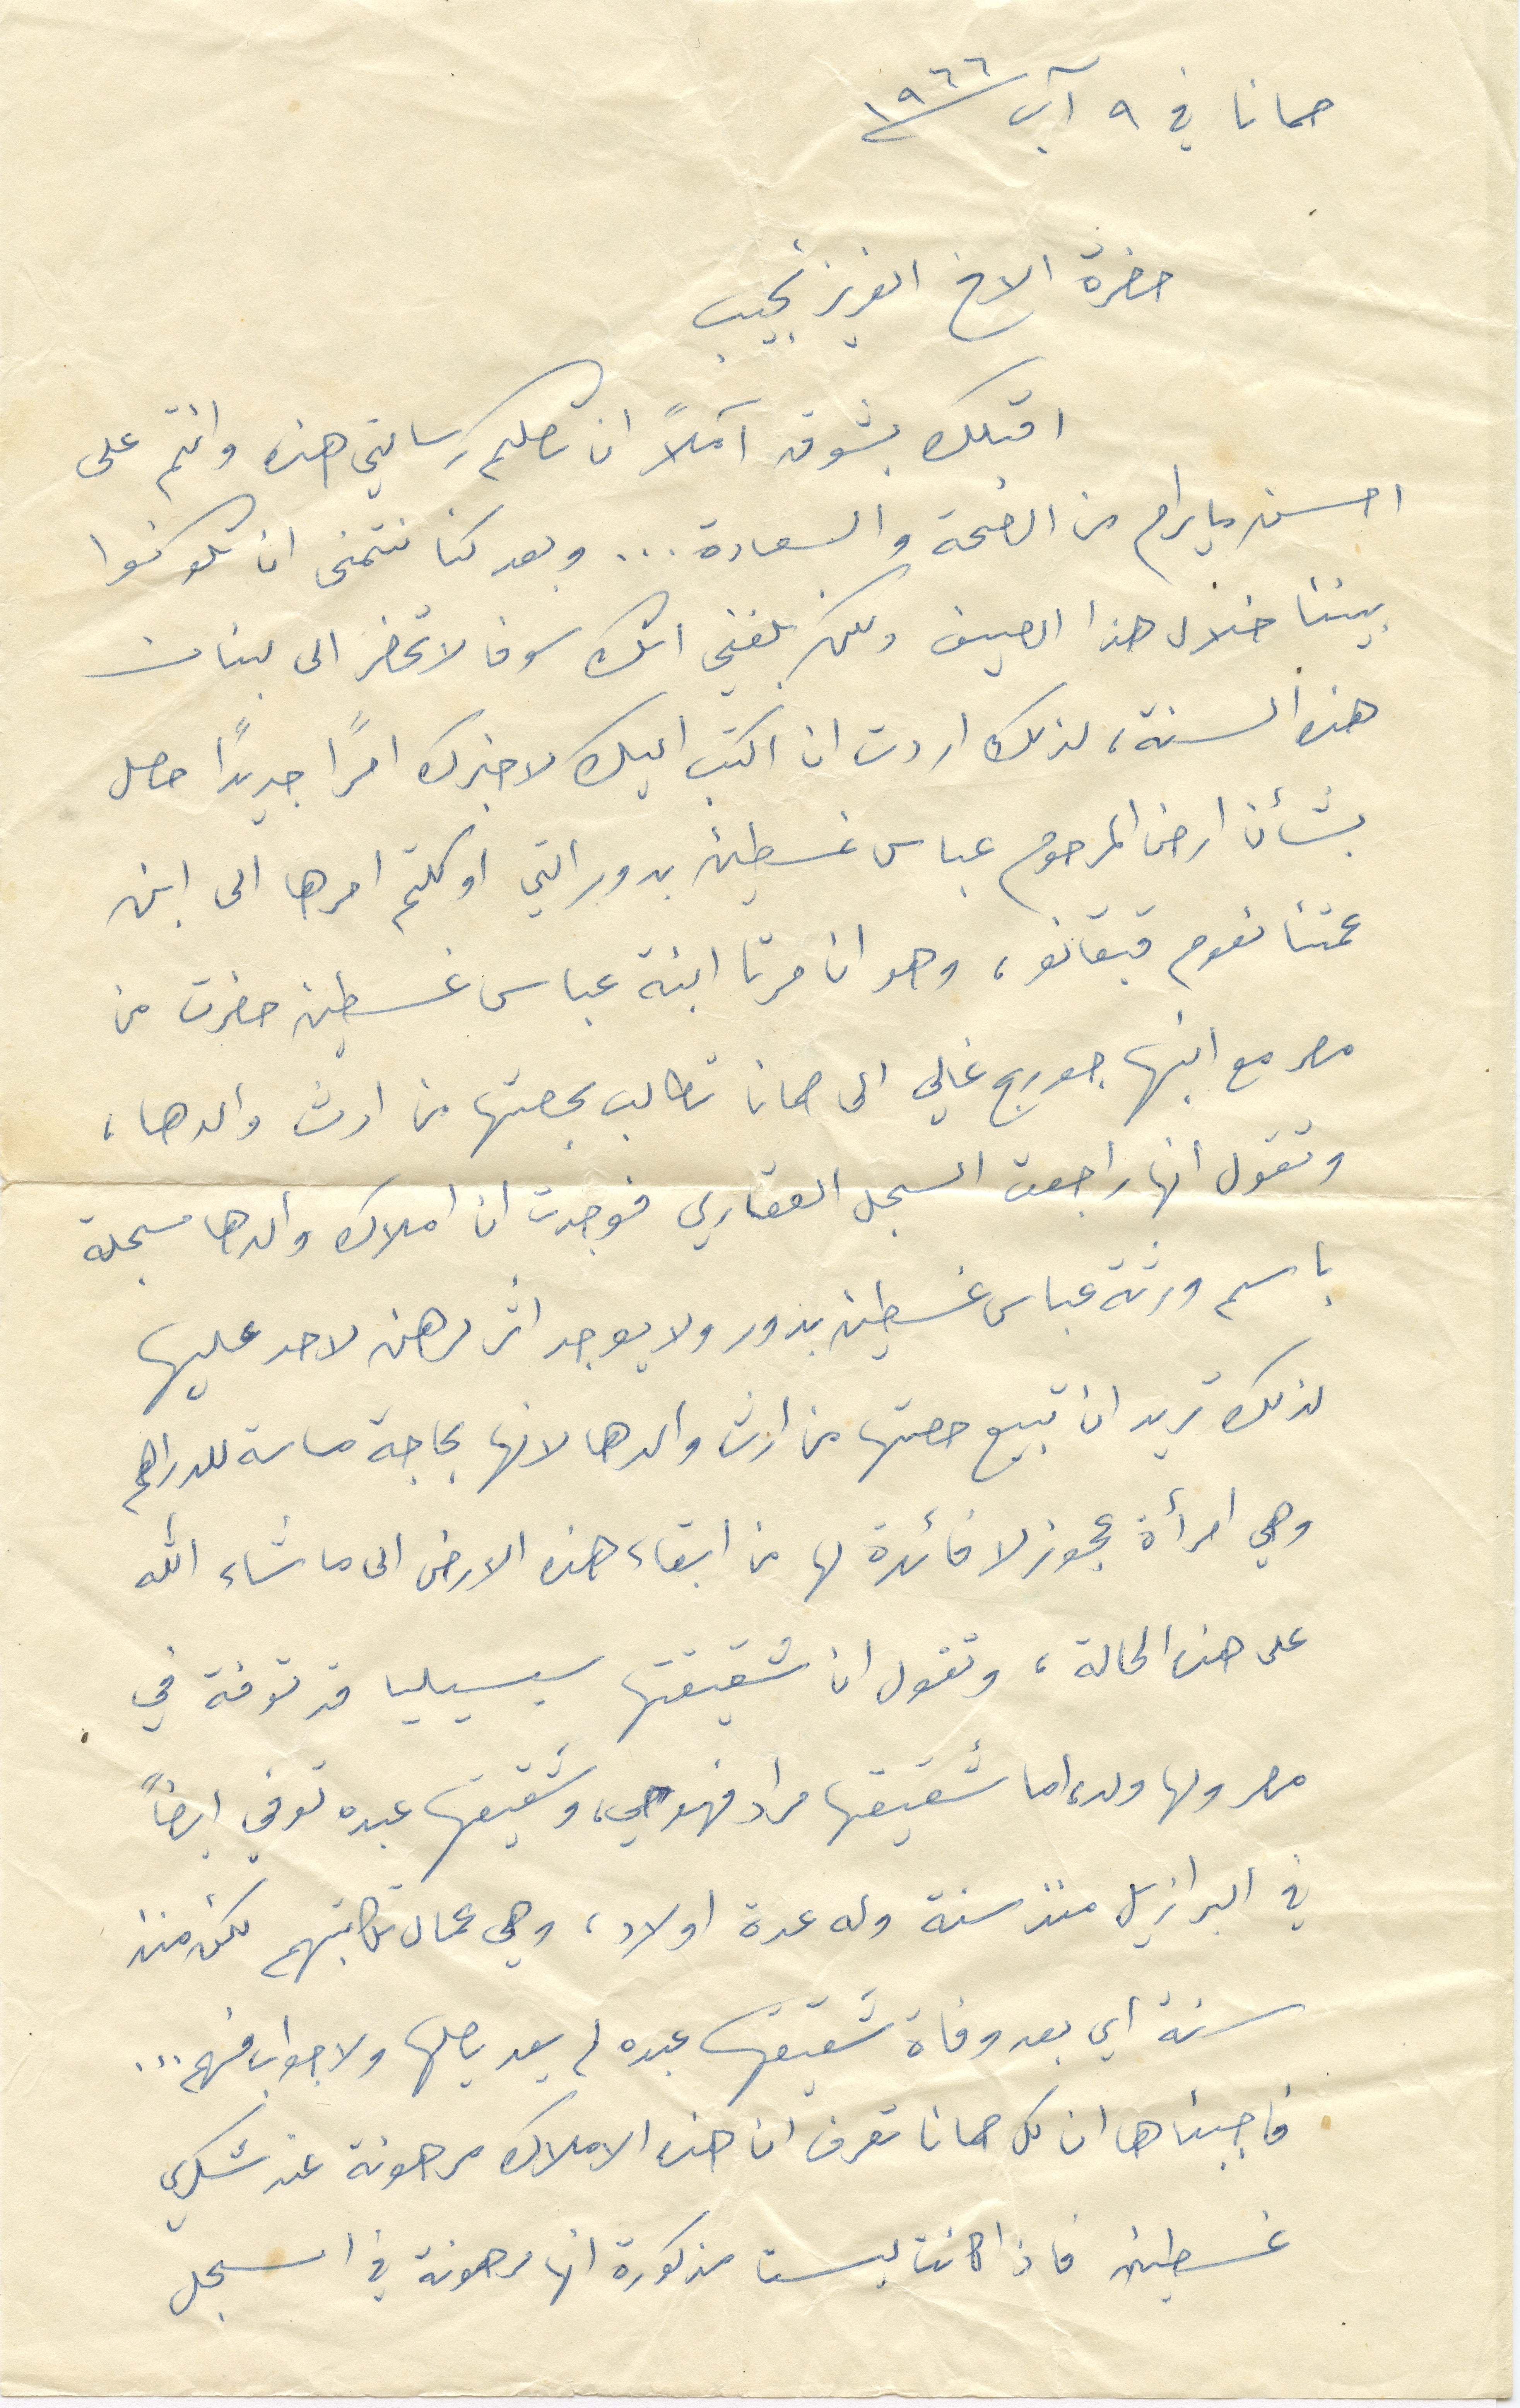
١٩٦٦
حمانا في ٩ آب
حضرة الأخ العزيز نجيب
اكتب بشوق آملًا ان تصلك رسالتي هذه وانتم على
احسن ما يرام من الصحة والسعادة... وبعد كنا نتمنى ان تكونوا
بيننا خلال هذا الصيف ولكن بلغني انك سوف لا تحضر الى لبنان
هذه السنة، لذلك أردت ان اكتب اليك لاخبرك امرًا جديدًا حصل
بشأن أرض المرحوم عباس غسطين بدوراتي اوكلتم امرها الى ابن
عمتنا نعوم قيانو، وهو ان مرتا ابنة عباس غسطين حضرت من
مصر مع ابنها جورج غالي الى حمانا تطالب بحصتها من ارض والدها:
وتقول انها راجعت السجل العقاري فوجدت ان أملاك والدها مسجلة
باسم ورثة عباس غسطين بدور ولا يوجد اثر رهن لاحد عليها
لذلك تريد ان تبيع حصتها من ارض والدها لانها بحاجة ماسة للدراهم
وهي امرأة عجوز لا فائدة لها من إبقاء هذه الأرض الى ما شاء الله
على هذه الحالة، وتقول ان شقيقتها سيسيليا قد توفة في
مصر ولها ولد، اما شقيقها مراد فهو حي، وشقيقها عبده توفي ايضًا
في البرازيل منذ سنة وله عدة اولاد، وهي عمال مكاتبهم لكن منذ
سنة أي بعد وفاة شقيقها عبده لم يعد يصلها ولا جواب منهم...
فاجبناها ان كل حمانا تعرف ان هذه الأملاك مرهونة عند شكري
غسطين فاذا كانت ليست مذكورة انها مرهونة في السجل